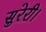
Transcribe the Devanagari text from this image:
सुरेरी।